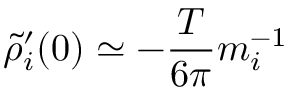
\widetilde { \rho } _ { i } ^ { \prime } ( 0 ) \simeq - { \frac { T } { 6 \pi } } m _ { i } ^ { - 1 }